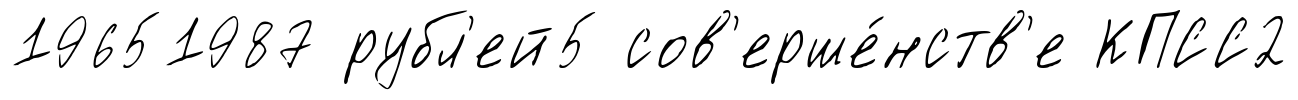
19651987 рубл'ей5 сов'ерше́нств'е КПСС2